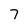
Character: 7